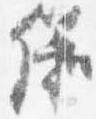
儀